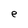
Character: e